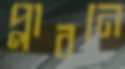
প্লাবনে